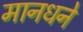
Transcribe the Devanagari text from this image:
मानधने